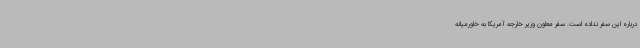
درباره این سفر نداده است. سفر معاون وزیر خارجه آمریکا به خاورمیانه